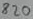
Text: 820